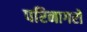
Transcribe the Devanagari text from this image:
परिनागरों